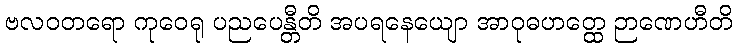
ဗလဝတရော ကုဝေရု ပညပေန္တီတိ အပရနေယျော အာဝုဓဟတ္ထေ ဉာဏေဟီတိ